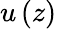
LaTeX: u\left(z\right)